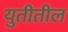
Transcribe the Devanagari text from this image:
युतीतील